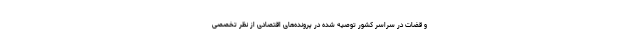
و قضات در سراسر کشور توصیه شده در پرونده‌های اقتصادی از نظر تخصصی